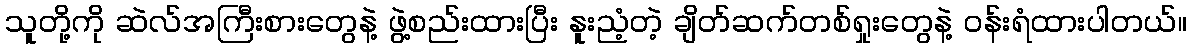
သူတို့ကို ဆဲလ်အကြီးစားတွေနဲ့ ဖွဲ့စည်းထားပြီး နူးညံ့တဲ့ ချိတ်ဆက်တစ်ရှုးတွေနဲ့ ဝန်းရံထားပါတယ်။